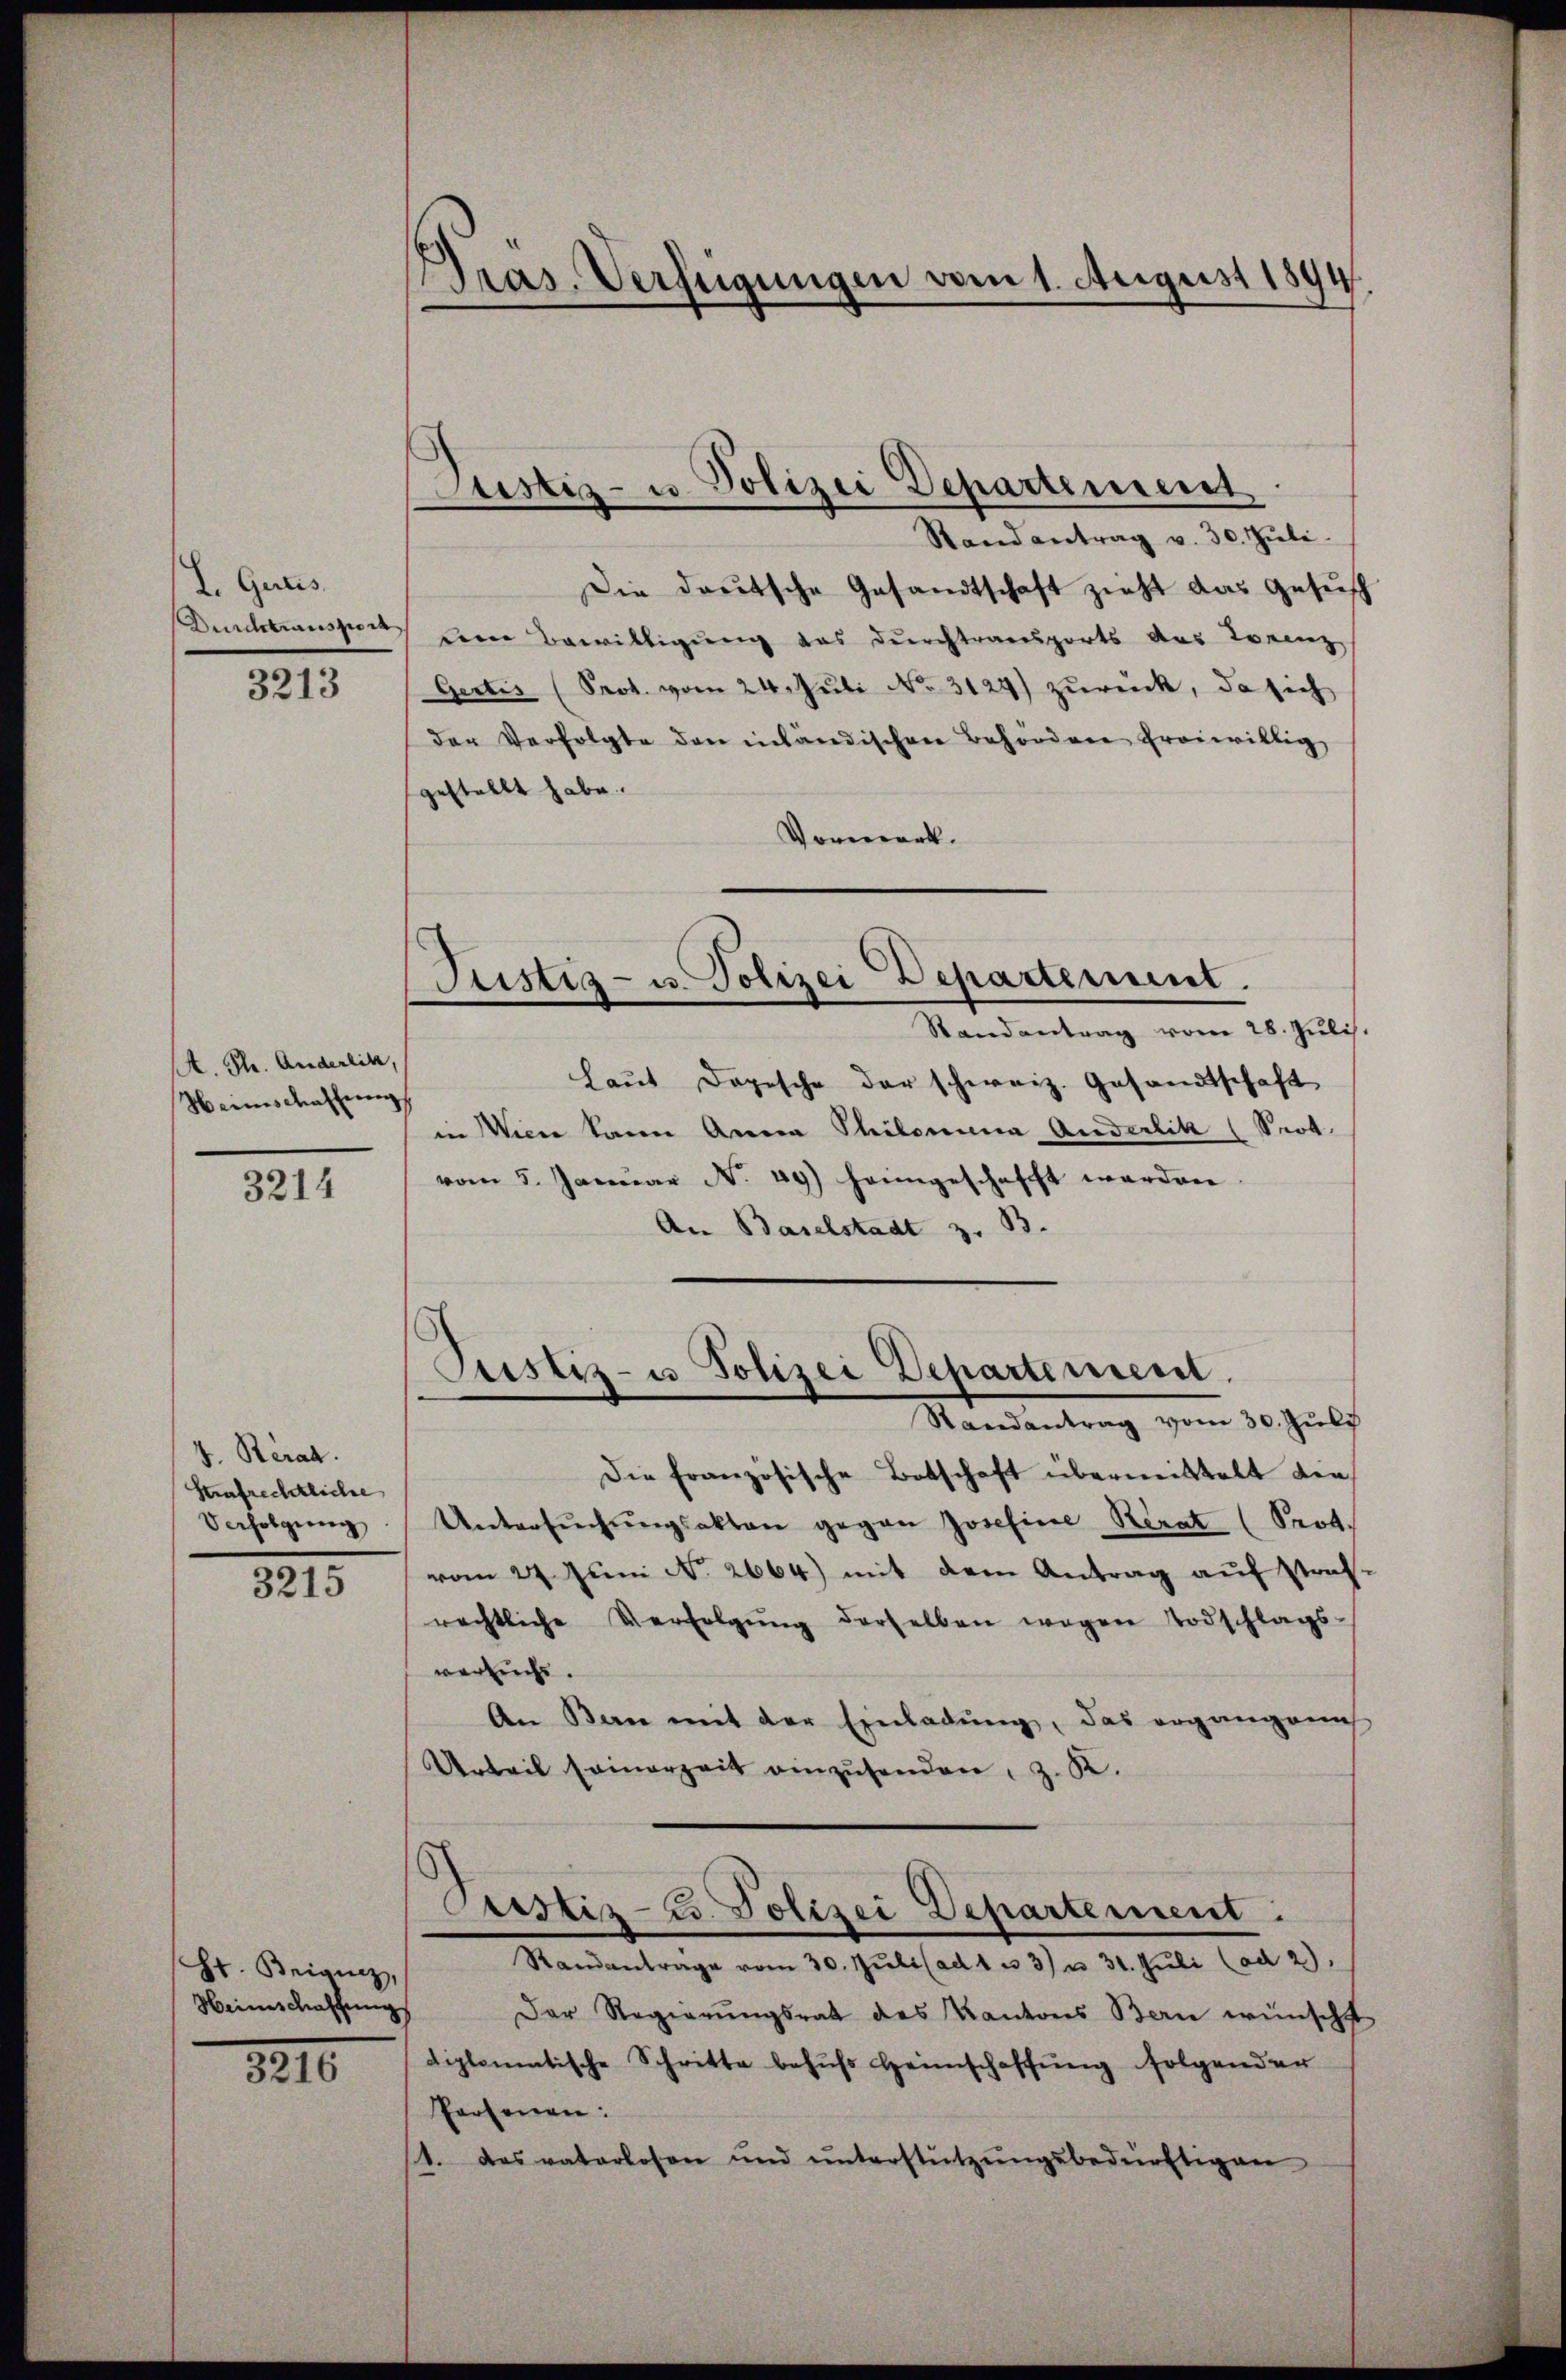
I. Gereis
Durchtransport
3213

A. Ph. Anderlik,
Weinschaffung

3214

4. Berat.
Strafrechtliche
Verfolgung
3215

St. Beigung,
Meines Kaschung

3216

Pras. Verfügungen vom 1. August 1894.

Justiz- u. Polizei Departement

Stand antrag v. 30. Jŭli
Die deutsche Gesandtschaft zieht das Gesuch
um Bewilligung das Durchtransports des Krenz
Gertis (Prot. vom 24. Juli No 3129) zurück, da sich
der Verfolgte den inländischen Behördere freiwillig
gestellt habe.
Vorwerk.
Justiz- u. Polizei Departement.
Randantrag vom 28. Jŭlis,
laut Dopische der schweiz. Gesandtschaft
in Wider kann Arena Thilomina Anderlik (Seot.
vom 5. Januar No. 49) heimgeschafft worden
An Baselstadt z. B.

Justiz- u Polizei Departement.
Randantrag vom 30. Juli

Die Französische Botschaft übermittelt die
Untersŭchŭngsakten gegen Josefine Berat (Prot.
vom 27. Juni No 2664) mit dem Antrag auf straf-
rechtliche Verfolgŭng derselben wegen Todschlags-
versuchs.
An Bern mit der Einladung, das organganis
Urteil seinerzeit einzusenden, z. K.
Pustiz- u. Polizei Departement:
Randantrage vom 30. Jŭli (ad 1 u. 3) u. 31. Jŭli (ad 2.
Der Regierungsrat des Kantons Bern wünscht
diplomatische Schritte behŭfs Heimschaffŭng folgender
Personen:
1. das vaterlosen ŭnd ŭnterstützŭngsbedürftigen